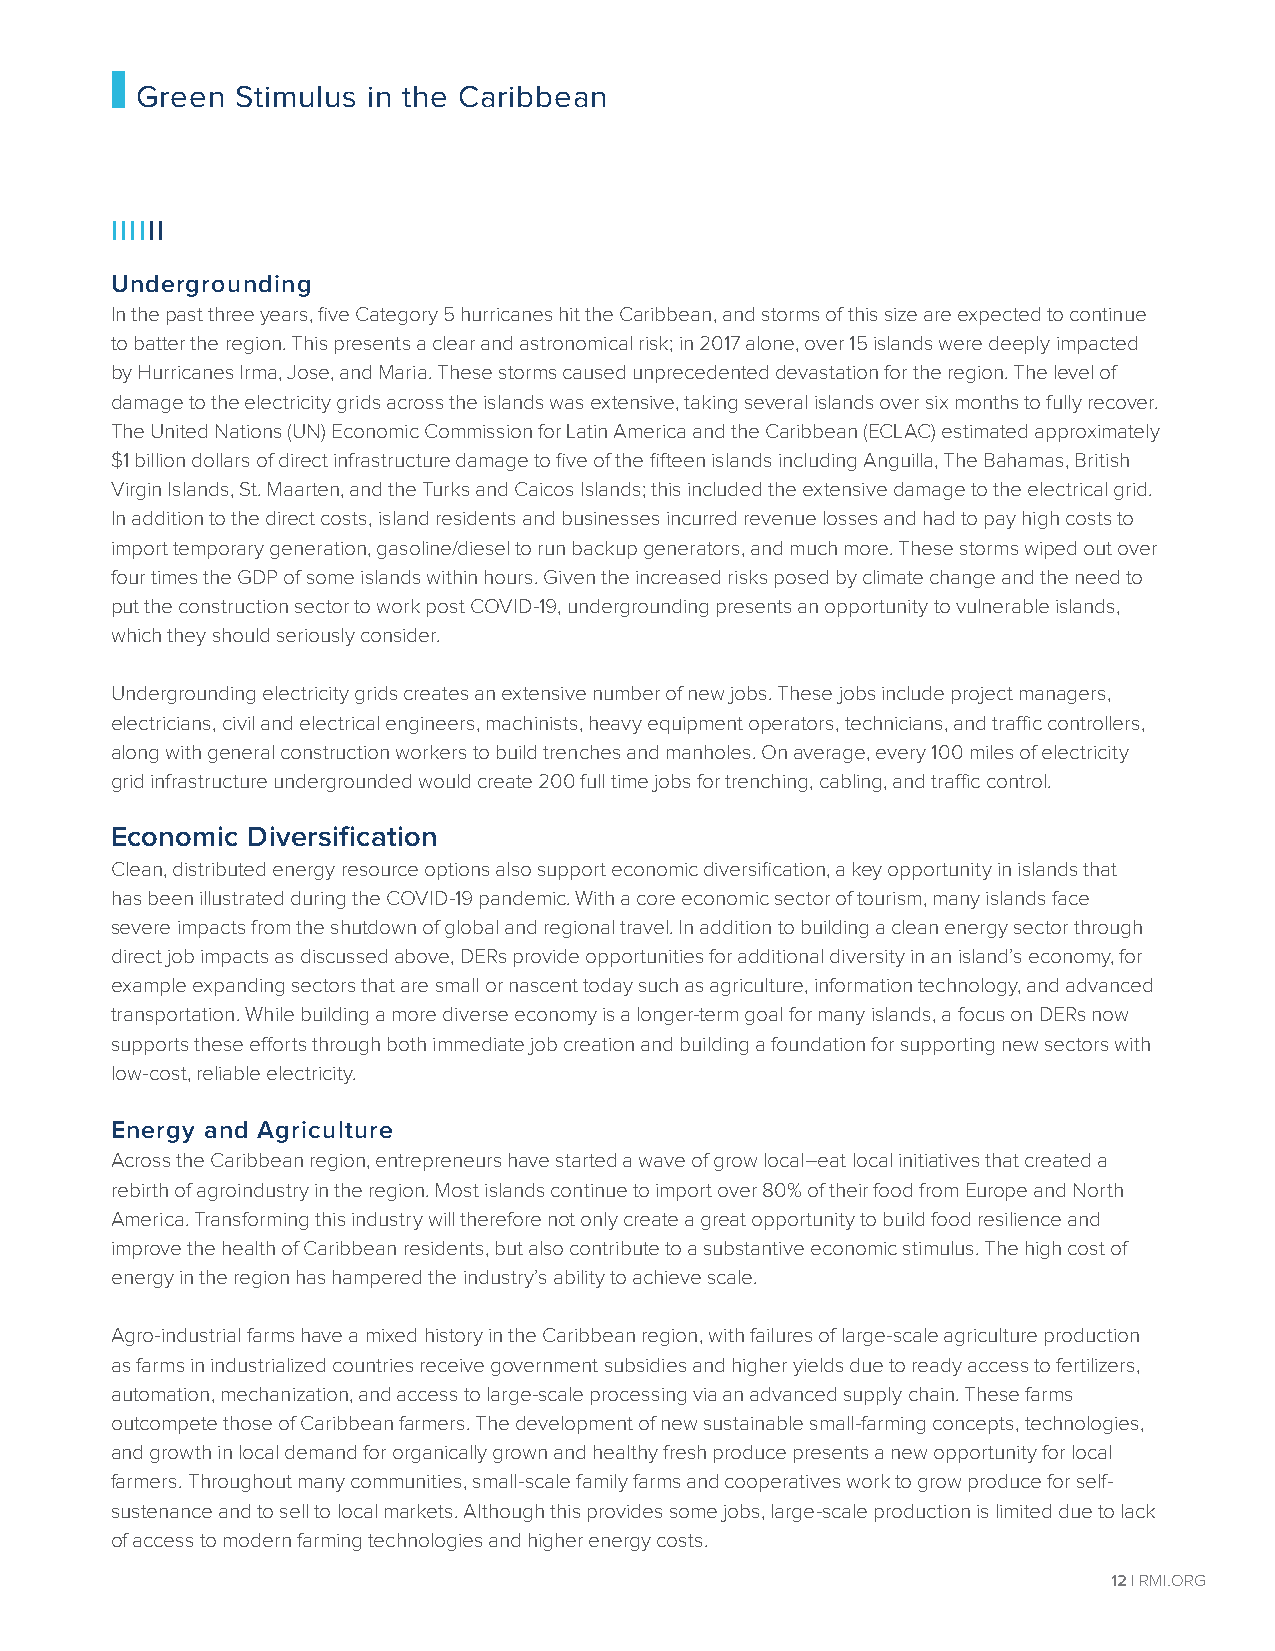
Green  Stimulus in the Caribbean
 IIIIII
 Undergrounding
 In the past three years, five Category 5 hurricanes hit the Caribbean, and storms of this size are expected to continue
 to batter the region. This presents a clear and astronomical risk; in 2017 alone, over 15 islands were deeply impacted
 by Hurricanes Irma, Jose, and Maria. These storms caused unprecedented devastation for the region. The level of
 damage to the electricity grids across the islands was extensive, taking several islands over six months to fully recover.
 The United Nations (UN) Economic Commission for Latin America and the Caribbean (ECLAC) estimated approximately
 $1 billion dollars of direct infrastructure damage to five of the fifteen islands including Anguilla, The Bahamas, British
 Virgin Islands, St. Maarten, and the Turks and Caicos Islands; this included the extensive damage to the electrical grid.
 In addition to the direct costs, island residents and businesses incurred revenue losses and had to pay high costs to
 import temporary generation, gasoline/diesel to run backup generators, and much more. These storms wiped out over
 four times the GDP of some islands within hours. Given the increased risks posed by climate change and the need to
 put the construction sector to work post COVID-19, undergrounding presents an opportunity to vulnerable islands,
 which they should seriously consider.
 Undergrounding electricity grids creates an extensive number of new jobs. These jobs include project managers,
 electricians, civil and electrical engineers, machinists, heavy equipment operators, technicians, and traffic controllers,
 along with general construction workers to build trenches and manholes. On average, every 100 miles of electricity
 grid infrastructure undergrounded would create 200 full time jobs for trenching, cabling, and traffic control.
 Economic Diversification
 Clean, distributed energy resource options also support economic diversification, a key opportunity in islands that
 has been illustrated during the COVID-19 pandemic. With a core economic sector of tourism, many islands face
 severe impacts from the shutdown of global and regional travel. In addition to building a clean energy sector through
 direct job impacts as discussed above, DERs provide opportunities for additional diversity in an island’s economy, for
 example expanding sectors that are small or nascent today such as agriculture, information technology, and advanced
 transportation. While building a more diverse economy is a longer-term goal for many islands, a focus on DERs now
 supports these efforts through both immediate job creation and building a foundation for supporting new sectors with
 low-cost, reliable electricity.
 Energy and Agriculture
 Across the Caribbean region, entrepreneurs have started a wave of grow local–eat local initiatives that created a
 rebirth of agroindustry in the region. Most islands continue to import over 80% of their food from Europe and North
 America. Transforming this industry will therefore not only create a great opportunity to build food resilience and
 improve the health of Caribbean residents, but also contribute to a substantive economic stimulus. The high cost of
 energy in the region has hampered the industry’s ability to achieve scale.
 Agro-industrial farms have a mixed history in the Caribbean region, with failures of large-scale agriculture production
 as farms in industrialized countries receive government subsidies and higher yields due to ready access to fertilizers,
 automation, mechanization, and access to large-scale processing via an advanced supply chain. These farms
 outcompete those of Caribbean farmers. The development of new sustainable small-farming concepts, technologies,
 and growth in local demand for organically grown and healthy fresh produce presents a new opportunity for local
 farmers. Throughout many communities, small-scale family farms and cooperatives work to grow produce for self-
 sustenance and to sell to local markets. Although this provides some jobs, large-scale production is limited due to lack
 of access to modern farming technologies and higher energy costs.
 12 | RMI.ORG